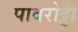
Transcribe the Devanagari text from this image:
पावरोट्टी